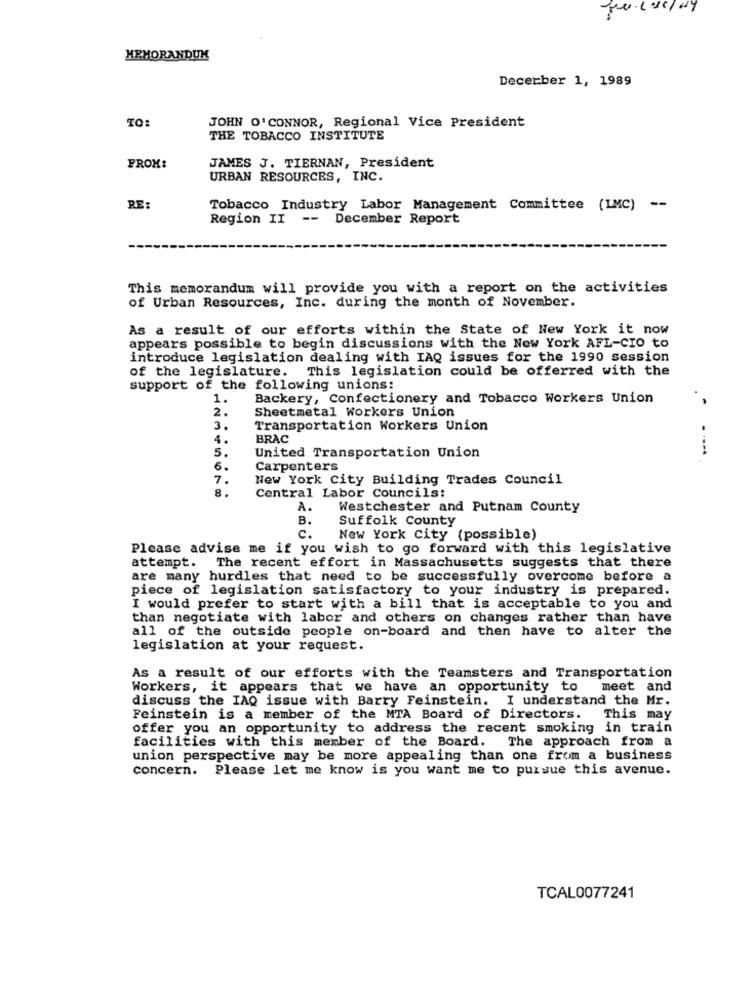
MEMORANDUM
Decerber 1, 1989
TO:
JOHN O'CONNOR, Regional Vice President
THE TOBACCO INSTITUTE
FROM:
JAMES J. TIERNAN, President
URBAN RESOURCES, INC.
RE:
Tobacco Industry Labor Management Committee (IMC) --
Region II -- December Report
This memorandum will provide you with a report on the activities
of Urban Resources, Inc. during the month of November.
As a result of our efforts within the State of New York it now
appears possible to begin discussions with the New York AFL-CIO to
introduce legislation dealing with IAQ issues for the 1990 session
This legislation could be offerred with the
of the legislature.
support of the following unions:
1.
Backery, Confectionery and Tobacco Workers Union
2.
Sheetmetal Workers Union
.-
3.
Transportation Workers Union
4.
BRAC
5.
--- 4
United Transportation Union
6.
Carpenters
7.
New York City Building Trades Council
8
Central Labor Councils:
A.
Westchester and Putnam County
B.
Suffolk County
c.
New York City (possible)
Please advise me if you wish to go forward with this legislative
attempt. The recent effort in Massachusetts suggests that there
are many hurdles that need to be successfully overcome before a
piece of legislation satisfactory to your industry is prepared.
I would prefer to start with a bill that is acceptable to you and
than negotiate with labor and others on changes rather than have
all of the outside people on-board and then have to alter the
legislation at your request.
As a result of our efforts with the Teamsters and Transportation
Workers, it appears that we have an opportunity to meet and
discuss the IAQ issue with Barry Feinstein. I understand the Mr.
Feinstein is a member of the MTA Board of Directors.
This may
offer you an opportunity to address the recent smoking in train
facilities with this member of the Board. The approach from a
union perspective may be more appealing than one from a business
concern. Please let me know is you want me to pursue this avenue.
TCAL0077241